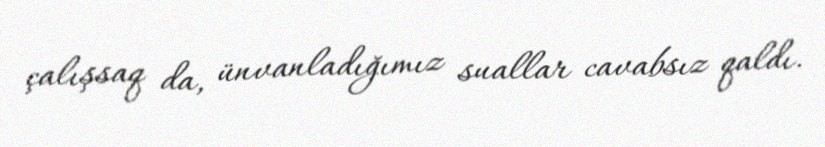
çalışsaq da, ünvanladığımız suallar cavabsız qaldı.